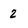
Character: 2